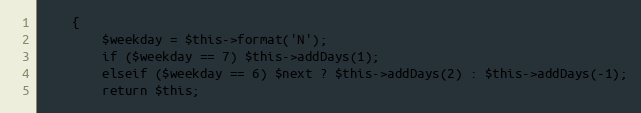
Language: PHP
	{
		$weekday = $this->format('N');
		if ($weekday == 7) $this->addDays(1);
		elseif ($weekday == 6) $next ? $this->addDays(2) : $this->addDays(-1);
		return $this;